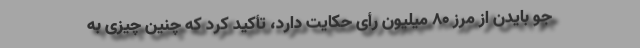
جو بایدن از مرز 80 میلیون رأی حکایت دارد، تأکید کرد که چنین چیزی به